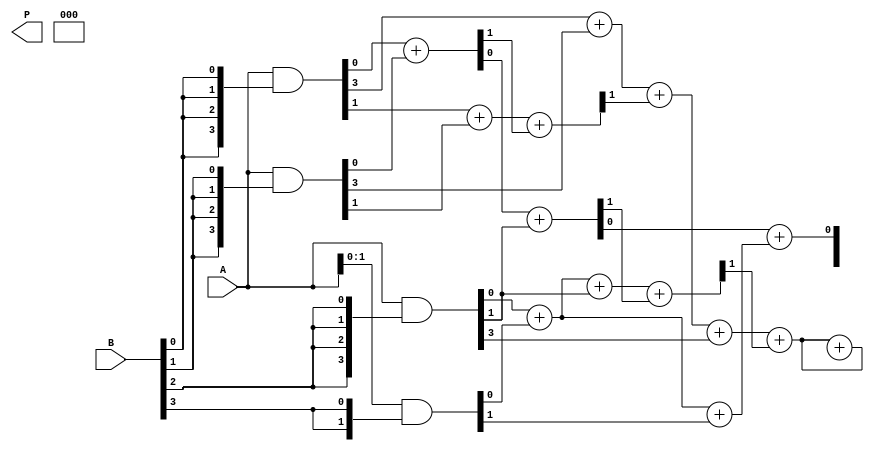
module dadda_multiplier #(parameter n = 4) (
    input  [n-1:0] A,
    input  [n-1:0] B,
    output reg [2*n-1:0] P
);

    // Partial product generation
    wire [n-1:0] pp [0:n-1]; // Array of partial products
    genvar i, j;
    generate
        for (i = 0; i < n; i = i + 1) begin : pp_gen
            assign pp[i] = A & {n{B[i]}};
        end
    endgenerate

    // Reduction tree
    wire [n-1:0] sum1, sum2, sum3;
    wire [n:0] carry1, carry2, carry3;
    
    // Stage 1: Reduce the first three rows of partial products
    // Half adders for the first two bits
    assign {carry1[0], sum1[0]} = pp[0][0] + pp[1][0]; // HA
    assign {carry1[1], sum1[1]} = pp[2][0] + pp[3][0]; // HA
    assign sum1[2] = pp[4][0]; // Direct assignment for the last row

    // Full adders for the next bits
    generate
        for (j = 1; j < n; j = j + 1) begin : fa_stage1
            assign {carry1[j+1], sum1[j]} = pp[0][j] + pp[1][j] + carry1[j-1]; // FA
        end
    endgenerate

    // Stage 2: Reduce the next set of partial products
    assign {carry2[0], sum2[0]} = sum1[0] + pp[2][1]; // HA
    assign {carry2[1], sum2[1]} = sum1[1] + pp[3][1]; // HA
    assign sum2[2] = sum1[2]; // Direct assignment

    generate
        for (j = 1; j < n; j = j + 1) begin : fa_stage2
            assign {carry2[j+1], sum2[j]} = sum1[j] + pp[2][j] + carry2[j-1]; // FA
        end
    endgenerate

    // Stage 3: Final summation
    assign {carry3[0], P[0]} = sum2[0] + sum2[1]; // HA
    assign {carry3[1], P[1]} = sum2[2] + carry3[0]; // FA

    generate
        for (j = 2; j < n; j = j + 1) begin : fa_stage3
            assign {carry3[j+1], P[j]} = sum2[j] + carry3[j-1]; // FA
        end
    endgenerate

    // Final product assignment
    always @(*) begin
        P[2*n-1:2] = {carry3[n-1], sum2[n-1:2]};
    end

endmodule